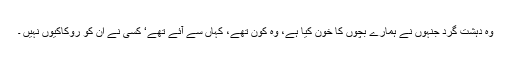
وہ دہشت گرد جنہوں نے ہمارے بچوں کا خون کیا ہے، وہ کون تھے، کہاں سے آئے تھے‘ کسی نے ان کو روکاکیوں نہیں ۔